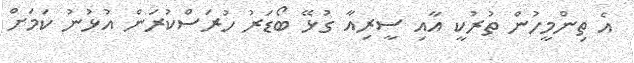
އެ ތިންމީހުން ތުރުކީ އާއި ސީރިއާ ގުޅޭ ބޯޑަރު ހުރަސްކުރަން އުޅުނު ކަމަށް